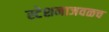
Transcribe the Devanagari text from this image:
स्टेशनाजवळच